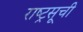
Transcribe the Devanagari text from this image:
राष्ट्रसूची